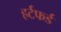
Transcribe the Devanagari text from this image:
हर्टफर्ड